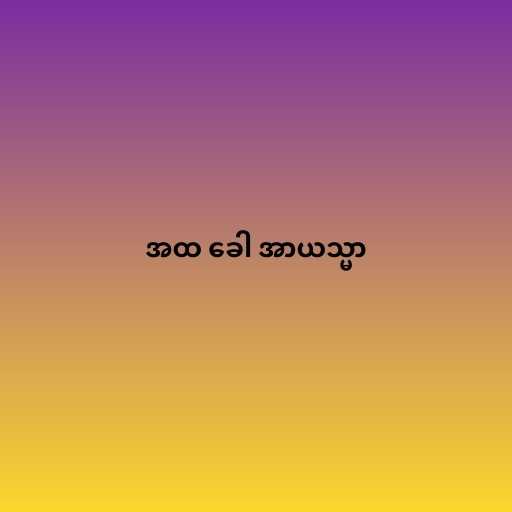
အထ ခေါ အာယသ္မာ